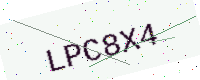
Text: LPC8X4